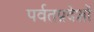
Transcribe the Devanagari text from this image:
पर्वतप्रदेशों